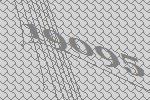
19095